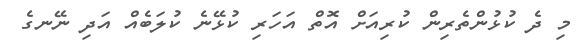
މި ދެ ކުޅުންތެރިން ކުރިއަށް އޮތް އަހަރި ކުޅޭނެ ކުލަބެއް އަދި ނޭނގެ